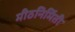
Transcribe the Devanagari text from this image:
मीठनिर्मिती